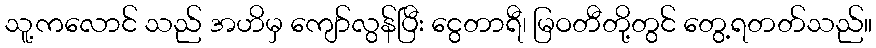
သူ့ကလောင် သည် အဟိမှ ကျော်လွန်ပြီး ငွေတာရီ၊ မြဝတီတို့တွင် တွေ့ရတတ်သည်။